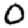
Digit: 0